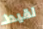
لقيط